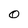
Character: 0